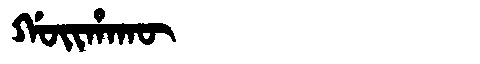
Manchu: ᡤᠣᡳᡥᠠᡴᡡ
Romanization: GOIHAKŪ